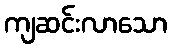
ကျဆင်းလာသော